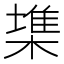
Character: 𣙇